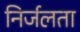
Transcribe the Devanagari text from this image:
निर्जलता